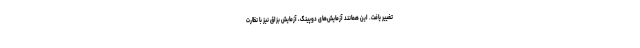
تغییر یافت. این همانند آزمایش‌های دوپینگ، آزمایش بزاق نیز با نظارت